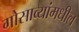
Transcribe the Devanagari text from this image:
गोसाव्यांमधील